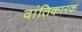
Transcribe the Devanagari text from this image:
वांतिकारक